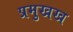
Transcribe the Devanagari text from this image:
प्रमुखख